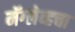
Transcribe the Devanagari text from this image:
मॅग्लेव्हचा